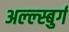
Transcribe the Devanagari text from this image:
अल्ल्स्बुर्ग